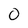
Character: O